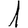
Digit: 1